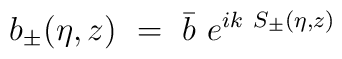
b_{\pm} (\eta,z) ~=~ \bar{b} ~ e^{i k~ S_{\pm} (\eta,z)}